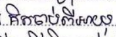
គិតចាប់ពីអាយុ